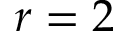
r = 2